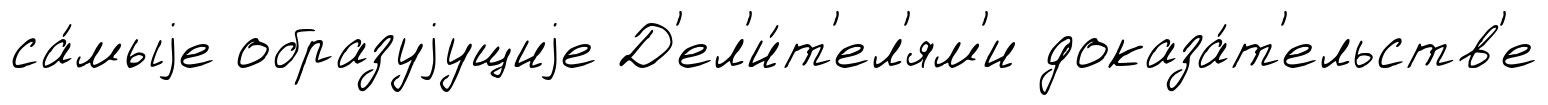
са́мыjе образуjущиjе Д'ел'и́т'ел'ям'и доказа́т'ельств'е